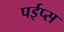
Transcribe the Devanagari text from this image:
पईप्स